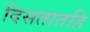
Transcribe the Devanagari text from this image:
दिसतातहि